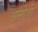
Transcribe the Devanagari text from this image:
अन्ग्ग्रेज़ी